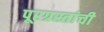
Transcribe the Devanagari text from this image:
पूरग्रस्तांची